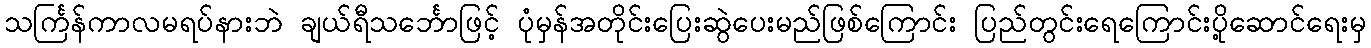
သင်္ကြန်ကာလမရပ်နားဘဲ ချယ်ရီသင်္ဘောဖြင့် ပုံမှန်အတိုင်းပြေးဆွဲပေးမည်ဖြစ်ကြောင်း ပြည်တွင်းရေကြောင်းပို့ဆောင်ရေးမှ